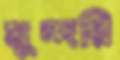
মুন্দরি